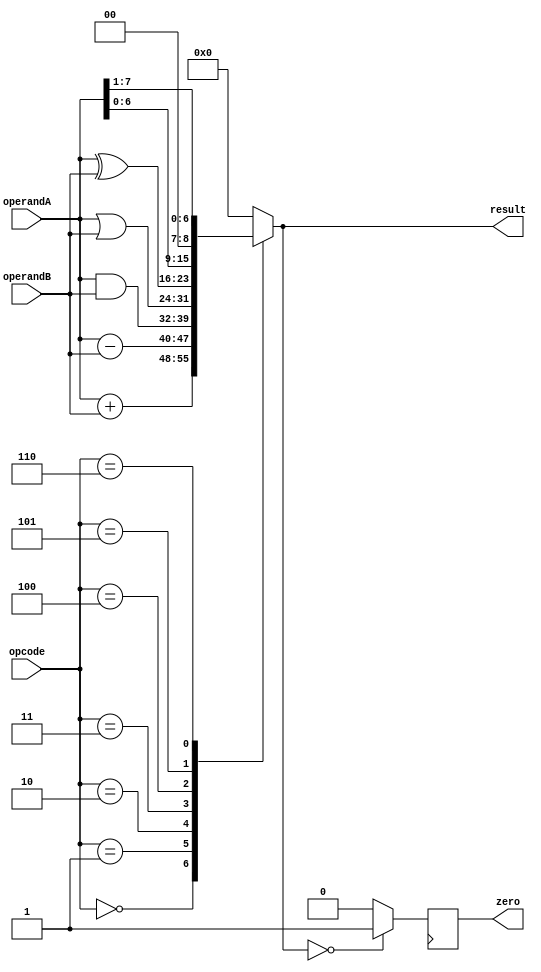
module ALU (
    input [7:0] operandA,
    input [7:0] operandB,
    input [2:0] opcode,
    output reg [7:0] result,
    output reg zero
);

reg [7:0] temp_result;

always @(*) begin
    case(opcode)
        3'b000: result = operandA + operandB; // addition
        3'b001: result = operandA - operandB; // subtraction
        3'b010: result = operandA & operandB; // bitwise AND
        3'b011: result = operandA | operandB; // bitwise OR
        3'b100: result = operandA ^ operandB; // bitwise XOR
        3'b101: result = operandA << 1; // shift left
        3'b110: result = operandA >> 1; // shift right
        default: result = 8'b0; // default to zero output
    endcase
end

always @(posedge clk) begin
    if(result == 8'b0) begin
        zero = 1;
    end else begin
        zero = 0;
    end
end

endmodule